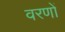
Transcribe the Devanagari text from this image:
वरणों